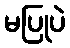
မပြုပဲ